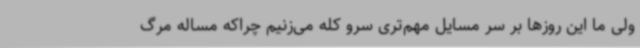
ولی ما این روزها بر سر مسایل مهم‌تری سرو کله می‌زنیم چراکه مساله مرگ